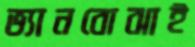
ভ্যানবোঝাই